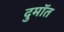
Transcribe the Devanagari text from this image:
दुमॉत